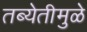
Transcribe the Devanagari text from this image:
तब्येतीमुळे